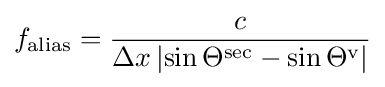
f_{\text{alias}}={\frac {c}{\Delta x\left|\sin \Theta ^{\text{sec}}-\sin \Theta ^{\text{v}}\right|}}